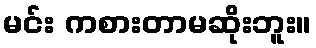
မင်း ကစားတာမဆိုးဘူး။